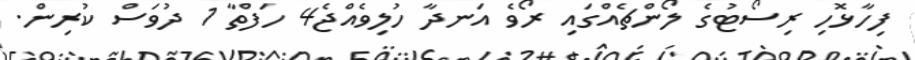
ފިހާޅޮހި ރިސޯޓުގެ ލޯންޗެއްގައި ރޯވެ އަނދާ ހުލިވެއްޖެ4 ހަފްތާ 1 ދުވަސް ކުރިން.